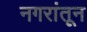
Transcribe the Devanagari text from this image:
नगरांतून